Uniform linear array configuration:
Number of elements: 48
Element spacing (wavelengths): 0.25
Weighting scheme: kaiser
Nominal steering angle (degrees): -30
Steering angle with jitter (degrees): -31.372
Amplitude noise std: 0.05
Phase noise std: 0.05

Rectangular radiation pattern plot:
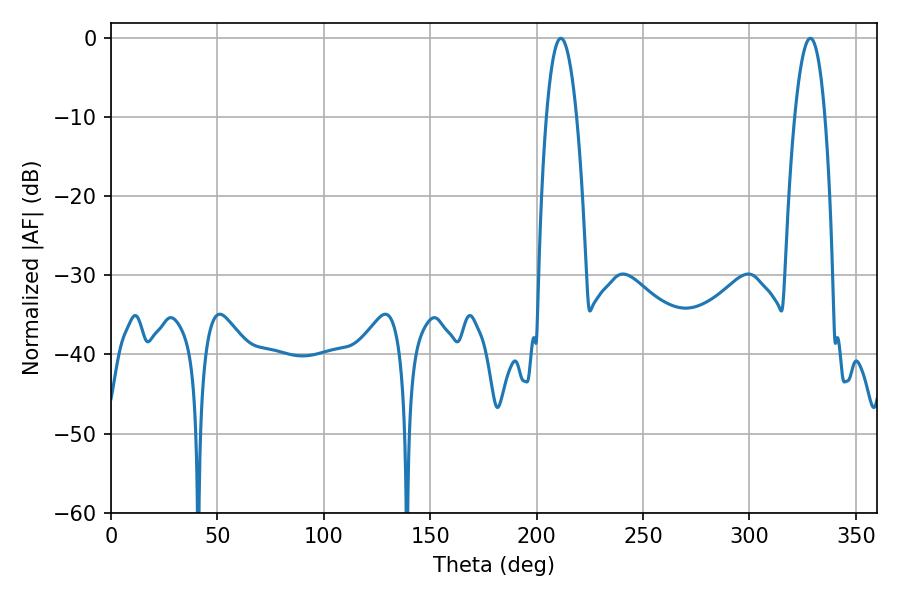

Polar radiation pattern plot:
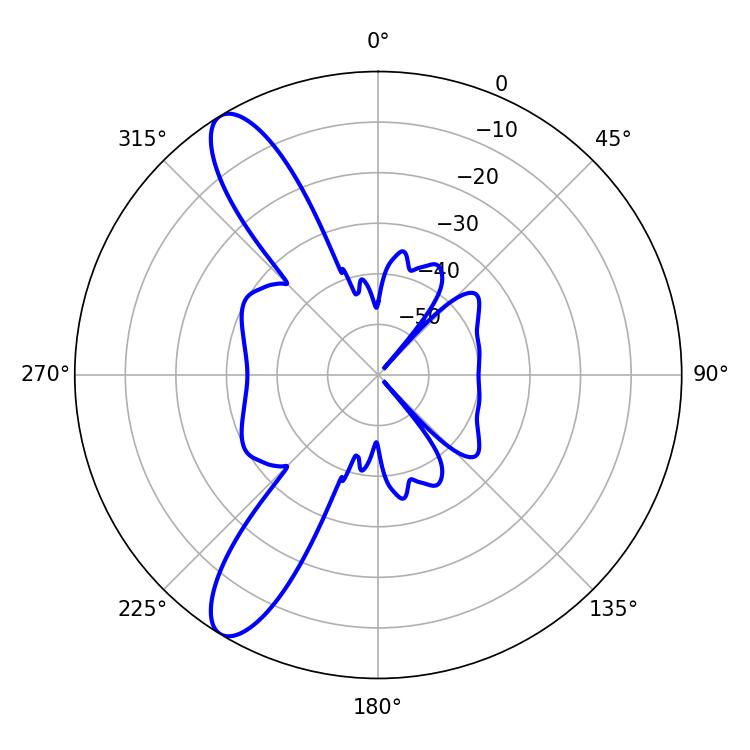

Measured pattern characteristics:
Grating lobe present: FALSE
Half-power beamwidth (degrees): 7.92
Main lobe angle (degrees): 211.32